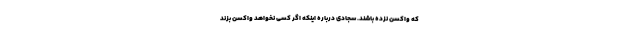
که واکسن نزده باشند. سجادی درباره اینکه اگر کسی نخواهد واکسن بزند